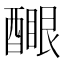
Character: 𨢻